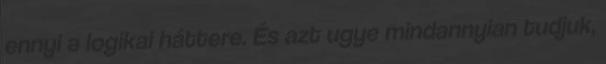
ennyi a logikai háttere. És azt ugye mindannyian tudjuk,